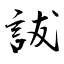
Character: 詙